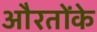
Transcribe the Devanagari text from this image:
औरतोंके